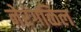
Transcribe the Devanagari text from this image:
नेरंगळिल